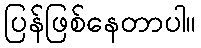
ပြန်ဖြစ်နေတာပါ။